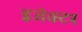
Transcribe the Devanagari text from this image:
इजेक्टर